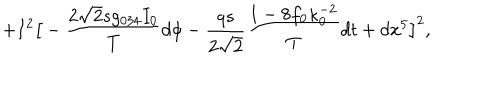
+ I ^ { 2 } \big [ - { \frac { 2 \sqrt 2 s g _ { 0 3 4 } I _ { 0 } } { T } } d \phi - { \frac { q s } { 2 \sqrt 2 } } { \frac { 1 - 8 f _ { 0 } \kappa _ { 0 } ^ { - 2 } } { T } } d t + d x ^ { 5 } \big ] ^ { 2 } ,